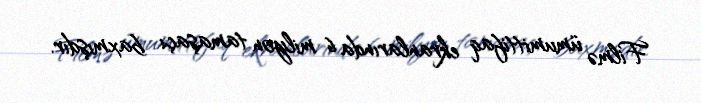
Filmə ümumittifaq ekranlarında 6 milyon tamaşaçı baxmışdır.